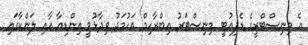
އެ މިނިސްޓްރީގެ ޑެޕިއުޓީ މިނިސްޓަރު އިބްރާހިމް އަހުމަދު ވިދާޅުވީ އިންޑިއާ އާއި ލަންކާގައި